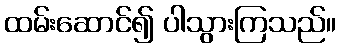
ထမ်းဆောင်၍ ပါသွားကြသည်။